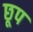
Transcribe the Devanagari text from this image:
छूप